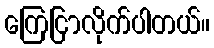
ကြေငြာလိုက်ပါတယ်။